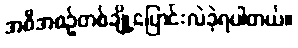
အစီအစဉ်တစ်ချို့ပြောင်းလဲခဲ့ရပါတယ်။